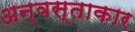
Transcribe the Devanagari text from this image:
अन्वस्ताकार